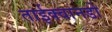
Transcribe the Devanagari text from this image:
ताईक्वानडो